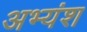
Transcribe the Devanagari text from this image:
अभ्यंश